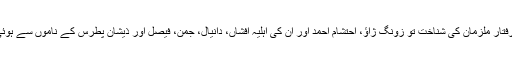
گرفتار ملزمان کی شناخت تو زونگ ژاؤ، احتشام احمد اور ان کی اہلیہ افشاں، دانیال، جمن، فیصل اور ذیشان پطرس کے ناموں سے ہوئی۔